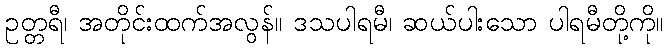
ဥတ္တရီ၊ အတိုင်းထက်အလွန်။ ဒသပါရမီ၊ ဆယ်ပါးသော ပါရမီတို့ကို။